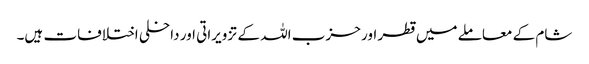
شام کے معاملے میں قطر اور حزب اللہ کے تزویراتی اور داخلی اختلافات ہیں۔